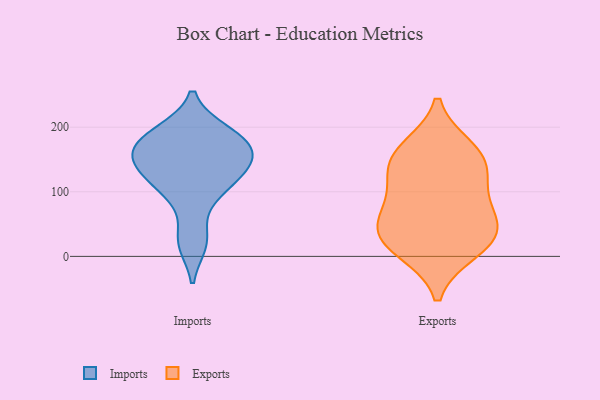
{"axis": {"x": "Waste Production (Tons)", "y": "Value"}, "legend": ["Exports", "Imports"], "data": [{"x": "", "y": 166, "type": "Imports"}, {"x": "", "y": 97, "type": "Imports"}, {"x": "", "y": 21, "type": "Imports"}, {"x": "", "y": 100, "type": "Imports"}, {"x": "", "y": 26, "type": "Imports"}, {"x": "", "y": 158, "type": "Imports"}, {"x": "", "y": 193, "type": "Imports"}, {"x": "", "y": 155, "type": "Imports"}, {"x": "", "y": 119, "type": "Imports"}, {"x": "", "y": 186, "type": "Imports"}, {"x": "", "y": 130, "type": "Imports"}, {"x": "", "y": 141, "type": "Imports"}, {"x": "", "y": 175, "type": "Imports"}, {"x": "", "y": 193, "type": "Imports"}, {"x": "", "y": 147, "type": "Imports"}, {"x": "", "y": 20, "type": "Exports"}, {"x": "", "y": 156, "type": "Exports"}, {"x": "", "y": 142, "type": "Exports"}, {"x": "", "y": 121, "type": "Exports"}, {"x": "", "y": 42, "type": "Exports"}, {"x": "", "y": 86, "type": "Exports"}, {"x": "", "y": 166, "type": "Exports"}, {"x": "", "y": 10, "type": "Exports"}, {"x": "", "y": 62, "type": "Exports"}, {"x": "", "y": 36, "type": "Exports"}]}